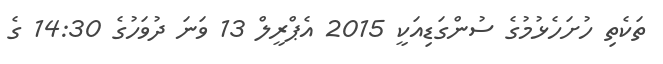
ތަކެތި ހުށަހެޅުމުގެ ސުންގަޑިއަކީ 2015 އެޕްރީލް 13 ވަނަ ދުވަހުގެ 14:30 ގެ